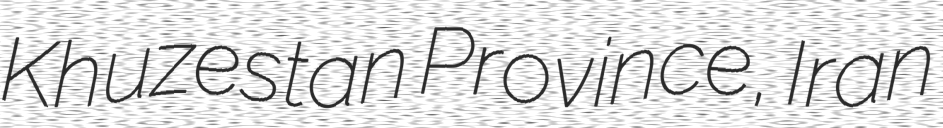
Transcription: Khuzestan Province, Iran